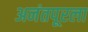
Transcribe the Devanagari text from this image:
अनंतपूरला